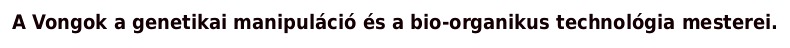
A Vongok a genetikai manipuláció és a bio-organikus technológia mesterei.